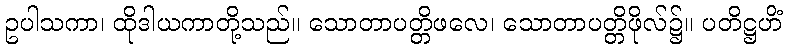
ဥပါသကာ၊ ထိုဒါယကာတို့သည်။ သောတာပတ္တိဖလေ၊ သောတာပတ္တိဖိုလ်၌။ ပတိဋ္ဌဟိံ